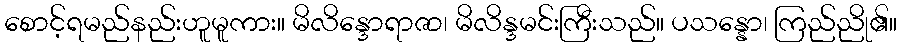
စောင့်ရမည်နည်းဟူမူကား။ မိလိန္ဒောရာဇာ၊ မိလိန္ဒမင်းကြီးသည်။ ပသန္နော၊ ကြည်ညို၏။